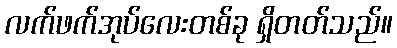
လက်ဖက်အုပ်လေးတစ်ခု ရှိတတ်သည်။